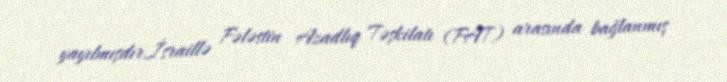
yayılmışdır.İsraillə Fələstin Azadlıq Təşkilatı (FAT) arasında bağlanmış